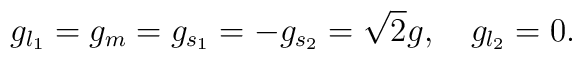
g_{l_1}=g_{m}=g_{s_1}=-g_{s_2}=\sqrt2g,\quad g_{l_2}=0.